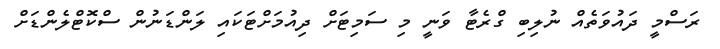
ރަސްމީ ދައުވަތެއް ނުލިބި ގްރެޓާ ވަނީ މި ސަމިޓަށް ދިއުމަށްޓަކައި ލަންޑަނުން ސްކޮޓްލެންޑަށް